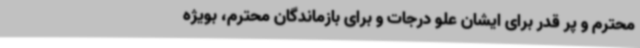
محترم و پر قدر برای ایشان علو درجات و برای بازماندگان محترم، بویژه